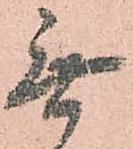
無